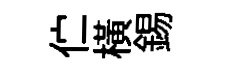
伫横錫